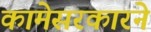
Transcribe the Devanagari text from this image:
कामेसरकारने